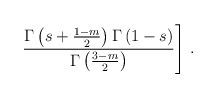
LaTeX: \begin{align*}\left.\frac{\Gamma\left(s+\frac{1-m}{2}\right)\Gamma \left(1-s\right)}{\Gamma\left(\frac{3-m}{2}\right)}\right]\,.\end{align*}